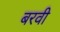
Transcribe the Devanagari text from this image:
बरवी